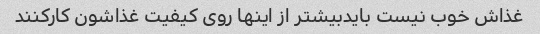
غذاش خوب نیست بایدبیشتر از اینها روی کیفیت غذاشون کارکنند